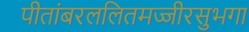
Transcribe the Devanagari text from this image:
पीतांबरललितमज्जीरसुभगा